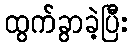
ထွက်ခွာခဲ့ပြီး